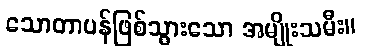
သောတာပန်ဖြစ်သွားသော အမျိုးသမီး။